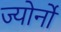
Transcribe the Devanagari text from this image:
ज्योर्नो